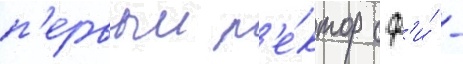
п'ервыи р'е́ктор сф'и́ -